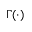
\Gamma ( \cdot )